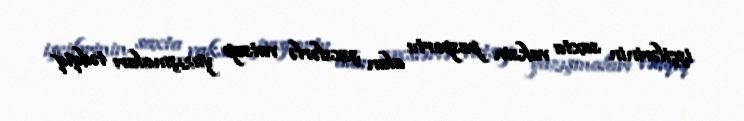
işçilərinin saxta vaksin pasportu alan şəxslərlə vatsap yazışmaları tədqiq